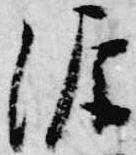
源